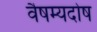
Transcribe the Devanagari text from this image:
वैषम्यदोष